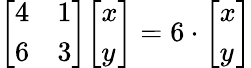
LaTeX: {\left[\begin{array}{ll}{4}&{1}\\ {6}&{3}\end{array}\right]}{\left[\begin{array}{l}{x}\\ {y}\end{array}\right]}=6\cdot{\left[\begin{array}{l}{x}\\ {y}\end{array}\right]}